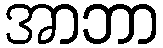
အာဘာ